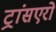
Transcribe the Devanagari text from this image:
ट्रांसएरो